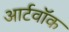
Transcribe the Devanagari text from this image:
आर्टवॉक